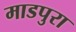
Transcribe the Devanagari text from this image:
माडपुरा